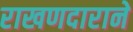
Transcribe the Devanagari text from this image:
राखणदाराने